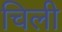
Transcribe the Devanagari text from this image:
चिली